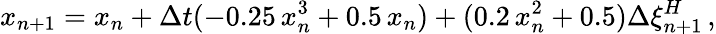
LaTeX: x_{n+1}=x_{n}+\Delta t(-0.25\, x_{n}^{3}+0.5\, x_{n})+(0.2\, x_{n}^{2}+0.5)\Delta\xi_{n+1}^{H}\, ,